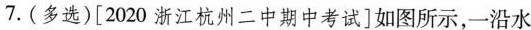
7.(多选)[2020浙江杭州二中期中考试]如图所示，一沿水